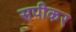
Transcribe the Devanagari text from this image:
सपीकर